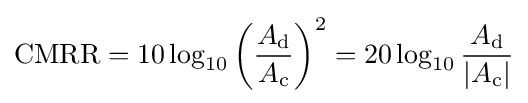
{\text{CMRR}}=10\log _{10}\left({\frac {A_{\text{d}}}{A_{\text{c}}}}\right)^{2}=20\log _{10}{\frac {A_{\text{d}}}{|A_{\text{c}}|}}